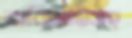
কবিতাটিসহ